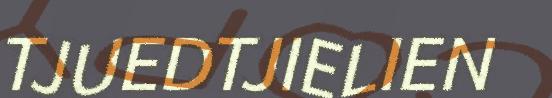
TJUEDTJIELIEN